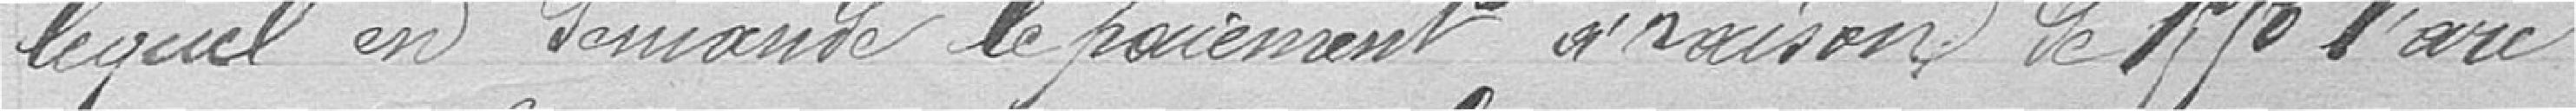
lequel en demande le paiement à raison de 1950 l'are